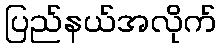
ပြည်နယ်အလိုက်